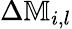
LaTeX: \Delta\mathbb{M}_{i,l}